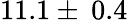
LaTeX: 11.1\pm\: 0.4